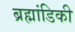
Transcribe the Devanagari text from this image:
ब्रह्मांडिकी